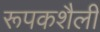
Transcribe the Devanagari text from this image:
रूपकशैली